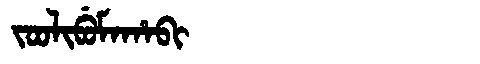
Manchu: ᠵᠣᠣᠯᡳᠪᡠᠮᠠᡥᠠᠪᡳ
Romanization: JOOLIBUMAHABI